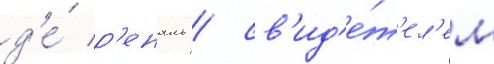
д'е́ р'еналь / св'ид'е́т'ел'ем